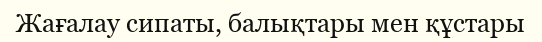
Жағалау сипаты, балықтары мен құстары